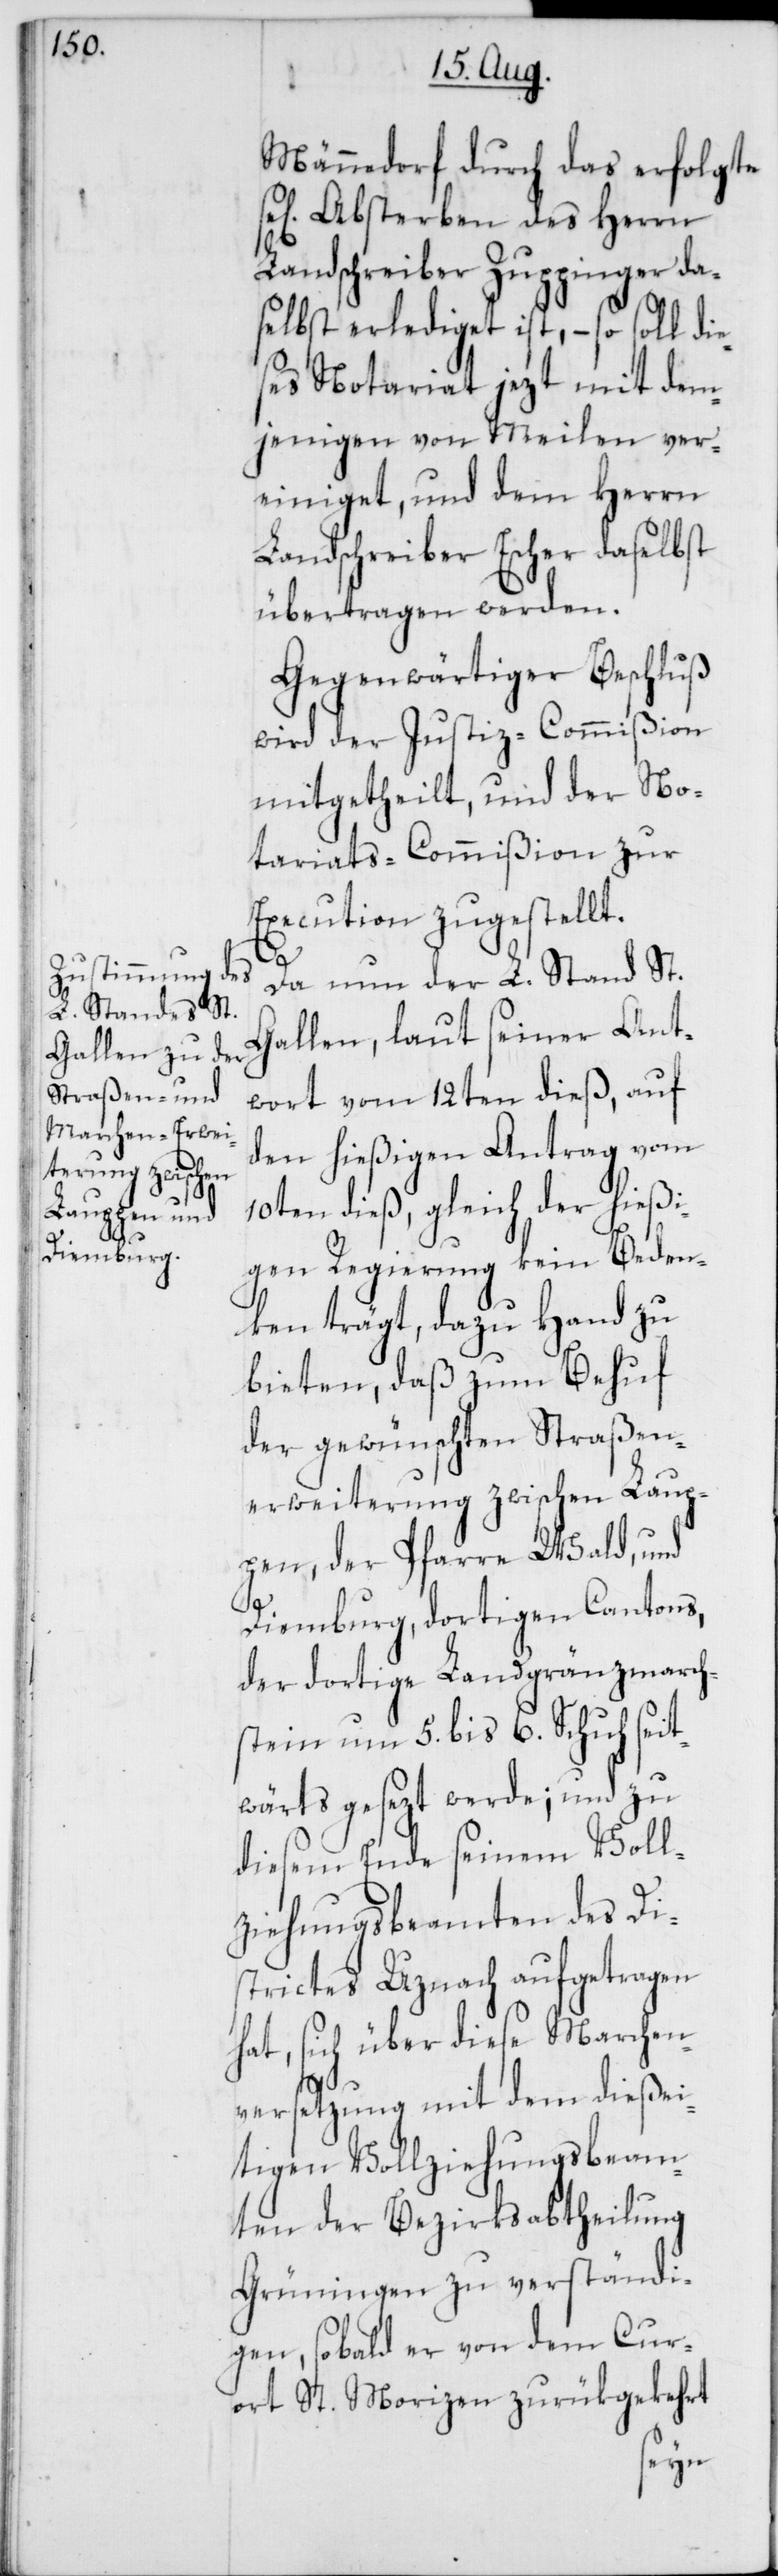
e¬

Männedorf durch das erfolgte
ig] Absterben des Herrn
Landschreiber Zuppinger da¬
selbst erlediget ist, – so soll di¬
ses Notariat jezt mit dem¬
jenigen von Meilen ver¬
einiget, und dem Herrn
Landschreiber Escher daselbst
übertragen werden.
Gegenwärtiger Beschluß
wird der Justiz-Commißion
mitgetheilt, und der No¬
tariats-Commißion zur
Execution zugestellt.
Da nun der L. Stand St.
Gallen, laut seiner Ant¬
wort vom 12ten dieß, auf
den hießigen Antrag vom
10ten dieß, gleich der hießi¬
gen Regierung kein Beden¬
ken trägt, dazu Hand zu
bieten, daß zum Behuf
der gewünschten Straßen¬
erweiterung zwischen Laup¬
pen, der Pfarre Wald, und
Diemburg, dortigen Cantons,
der dortige Landgränzmarch¬
stein um 5. bis 6. Schuh seit¬
wärts gesezt werde; und zu
diesem Ende seinem Voll¬
ziehungsbeamten des Di¬
strictes Uznach aufgetragen
hat, sich über diese Marchen¬
versetzung mit dem dießei¬
tigen Vollziehungsbeam¬
ten der Bezirksabtheilung
Grüningen zu verständi¬
gen, sobald er von dem Cur¬
ort St. Morizen zurükgekehrt
se[l¬